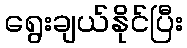
ရွေးချယ်နိုင်ပြီး